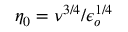
\eta _ { 0 } = \nu ^ { 3 / 4 } / \epsilon _ { o } ^ { 1 / 4 }